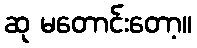
ဆု မတောင်းတော့။